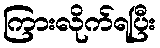
ကြားလိုက်ရပြီး